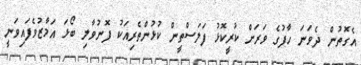
އެގޮތުން ދެވަނަ ހާފުގެ ވަރަށް ކުރީކޮޅު ފަލަސްތީން ކުޅުންތެރިއަކު ފޮނުވާލި ބޯޅަ އަމާޒުވެފައިވަނީ